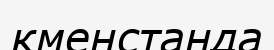
кменстанда